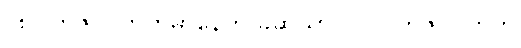
၂၈။ တိဇဂုပကိတမာနေဟိ ခဆသာ ဝါ။ ။ တိဇဂုပကိတ